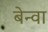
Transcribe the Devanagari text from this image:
बेन्वा